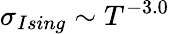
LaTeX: \sigma_{Ising}\sim T^{-3.0}